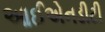
આઈએનડીટી